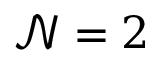
{ \mathcal { N } } = 2